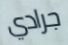
جرادي